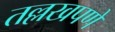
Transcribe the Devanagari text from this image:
तल्लखपणे